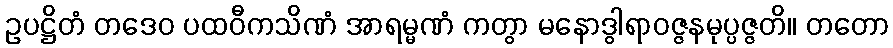
ဥပဋ္ဌိတံ တဒေဝ ပထဝီကသိဏံ အာရမ္မဏံ ကတွာ မနောဒွါရာဝဇ္ဇနမုပ္ပဇ္ဇတိ။ တတော